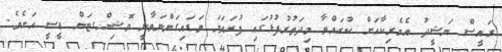
ރައީސް ނަޝީދު އެމެރިކާއަށް ކުރައްވާ މިދަތުރުފުޅުގައި ފުރަތަމަ ވަޑައިގަންނަވާނީ ވޮޝިންގޓަން ޑީސީ އަށެވެ.